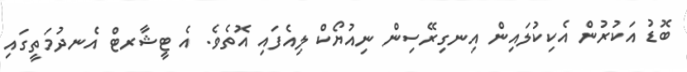
ބޮޑު އަކުރުން އެކިކުލައިން އިނގިރޭސިން ނިއުޔޯކް ލިއެފައި އޮތެވެ. އެ ޓީޝާރޓް އެނދުމަތީގައި